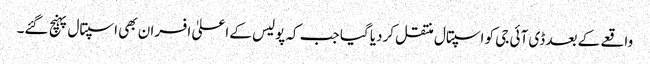
واقعے کے بعد ڈی آئی جی کو اسپتال منتقل کردیا گیا جب کہ پولیس کے اعلیٰ افسران بھی اسپتال پہنچ گئے۔